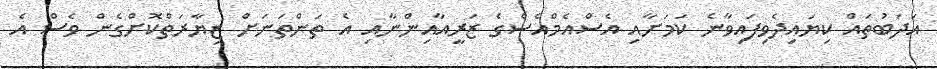
އަދަބުތައް ކިޔައިދެވިފައިވާނެ ކަމަށާއި އެސްއެމްއެސްގެ ޒަރީއާއިންނާއި އެ ތަންތަނަށް ޒިޔާރަތްކޮށްގެން ވެސް އެ